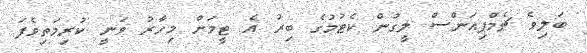
ބަލިވެ ޗެމްޕިއަންސް ލީގުން ކެޓުމުގެ ބިރު އެ ޓީމަށް މިހާރު ވަނީ ކުރިމަތިވެފަ